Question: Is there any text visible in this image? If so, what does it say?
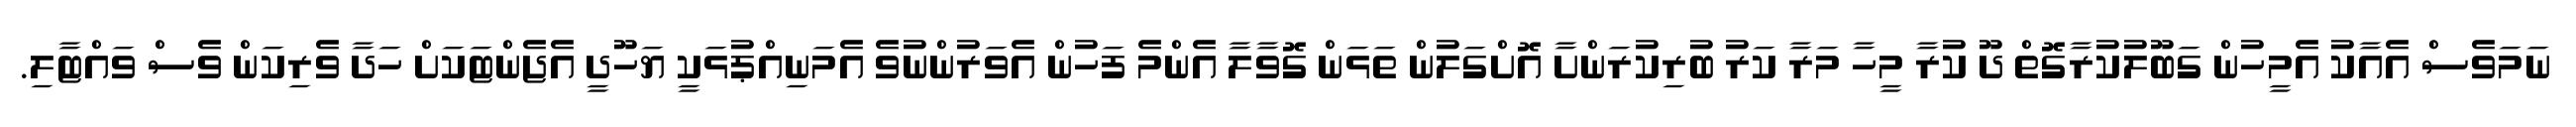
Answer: ނަމަވެސް އެއާކު އެމީހުން ގަބޫލުކުރާގޮތް ދޫ ކުރާ މީހާ މަރާ ކަރު ބުރިކުރަންށާ އޮށްގަލުން ތަޅަން ގޮވާލާ އެންމެ ފަހުން އެވަރުންނުވެ އެމަނިއްޕުޅަކީ ޔަހޫދީ އެޖެންޓަކަށް ހަދާ ވެރިކަން ވެސް ވައްޓާލި.